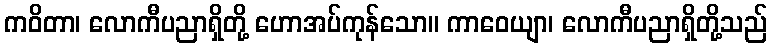
ကဝိတာ၊ လောကီပညာရှိတို့ ဟောအပ်ကုန်သော။ ကာဝေယျာ၊ လောကီပညာရှိတို့သည်